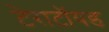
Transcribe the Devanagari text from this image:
टेराटॉयड